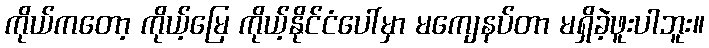
ကိုယ်ကတော့ ကိုယ့်မြေ ကိုယ့်နိုင်ငံပေါ်မှာ မကျေနပ်တာ မရှိခဲ့ဖူးပါဘူး။